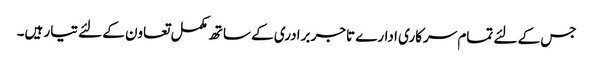
جس کے لئے تمام سرکاری ادارے تاجر برادری کے ساتھ مکمل تعاون کے لئے تیار ہیں۔